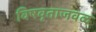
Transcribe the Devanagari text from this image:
विषवृताजवळ